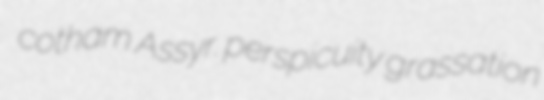
cotham Assyr. perspicuity grassation